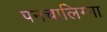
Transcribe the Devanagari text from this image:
पनचालिग्गा